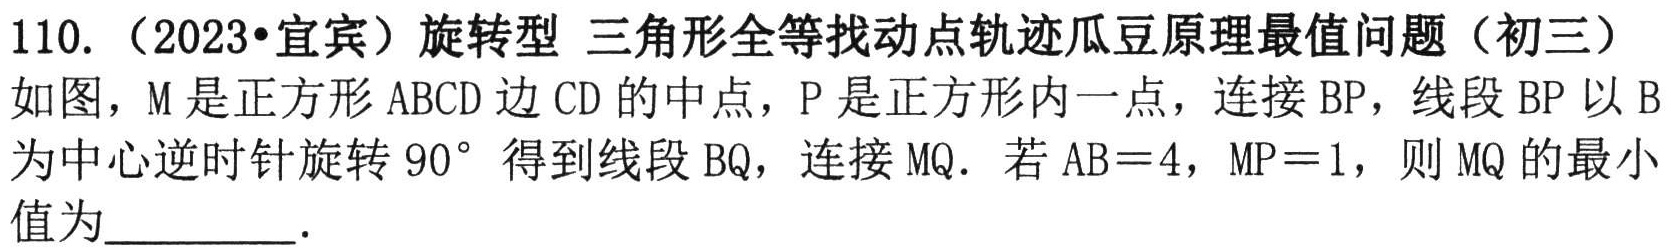
110.（2023•宜宾）旋转型 三角形全等找动点轨迹瓜豆原理最值问题（初三）

如图，M是正方形ABCD边CD的中点，P是正方形内一点，连接BP，线段BP以B为中心逆时针旋转 \(90^{\circ}\) 得到线段BQ，连接MQ．若 \(AB = 4\)，\(MP = 1\)，则MQ的最小值为_________．